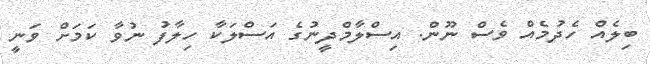
ބިލެއް ހެދުމެއް ވެސް ނޫން. އިސްލާމްދީނުގެ އަސްލަކާ ހިލާފު ނުވާ ކަމަށް ވަނީ